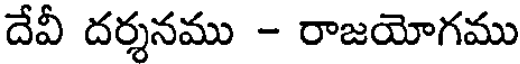
దేవీ దర్శనము - రాజయోగము